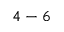
4 - 6